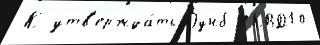
К утв'ержда́ть Оунб НКВД10